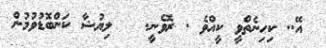
އޭ.. ކިހިނެތްވީ ކީއްވެ . ރޮވެނީ.   ލިޔުޝާ ކަންބޮޑުވުމުން